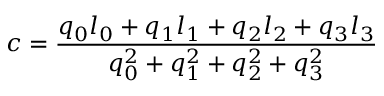
c = { \frac { q _ { 0 } l _ { 0 } + q _ { 1 } l _ { 1 } + q _ { 2 } l _ { 2 } + q _ { 3 } l _ { 3 } } { q _ { 0 } ^ { 2 } + q _ { 1 } ^ { 2 } + q _ { 2 } ^ { 2 } + q _ { 3 } ^ { 2 } } }